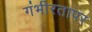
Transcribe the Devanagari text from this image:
गंभीरतापर